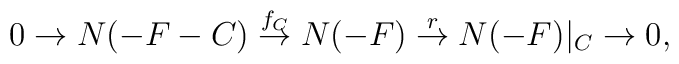
0 \rightarrow N(-F- C)\stackrel{f_{C}}{\rightarrow}N(-F) \stackrel{r}{\rightarrow}N(-F)|_{C} \rightarrow 0,